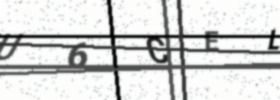
Text: U6CEL